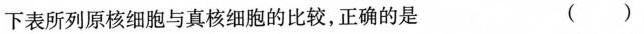
下表所列原核细胞与真核细胞的比较，正确的是 ( )